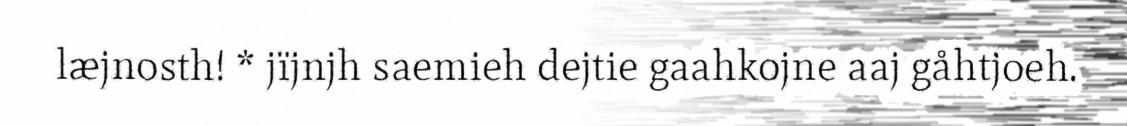
læjnosth! * jïjnjh saemieh dejtie gaahkojne aaj gåhtjoeh.